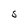
Character: S